Notes on vaccination in the North-West Frontier Province 1923-1928 - 1923-1928
Year: 1923
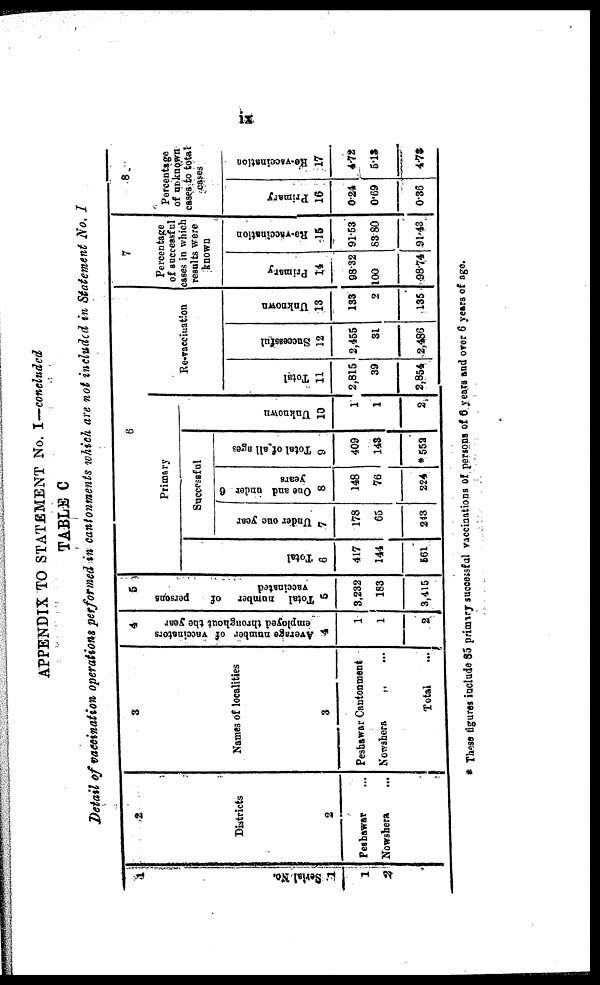
ix
APPENDIX TO STATEMENT No. I—concluded
TABLE C
Detail of vaccination operations performed in cantonments which are not included in Statement No. I
1
Serial No.
1
1
2
2
Districts
2
Peshawar ...
Nowshera
...
3
Names of localities
3
Peshawar Cantonment
Nowshera
„ ...
Total
...
4
Average number of vaccinators
employed throughout the year
4
1
1
2
5
Total number
of
persons
vaccinated
5
3,232
183
3,415
6
Primary
Total
6
417
144
561
Successful
Under one year
7
178
65
243
One and under 6
years
8
148
76
224
Total of all ages
9
409
143
*552
Unknown
10
1
1
2
Re-vaccination
Total
11
2,815
39
2,854
Successful
12
2,455
31
2,486
Unknown
13
133
2
135
7
Percentage
of successful
cases in which
results were
known
Primary
14
98.32
100
98.74
Re-vaccination
15
91.53
83.80
91.43
8
Percentage
of unknown
cases to total
cases
Primary
16
0.24
0.69
0.36
Re-vaccination
17
4.72
5.13
4.72
* These figures include 85 primary successful vaccinations of persons of 6 years and over 6 years of age.